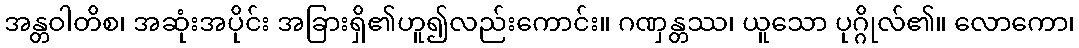
အန္တဝါတိစ၊ အဆုံးအပိုင်း အခြားရှိ၏ဟူ၍လည်းကောင်း။ ဂဏှန္တဿ၊ ယူသော ပုဂ္ဂိုလ်၏။ လောကော၊